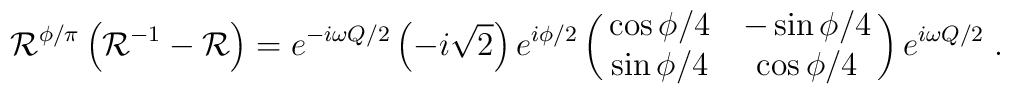
{\cal R}^{\phi/\pi}\left({\cal R}^{-1} - {\cal R}\right)=e^{-i\omega Q/2}\left(-i\sqrt{2}\right)e^{i\phi/2}\pmatrix{\cos\phi/4&-\sin\phi/4\cr\sin\phi/4&\cos\phi/4\cr}e^{i\omega Q/2}\; .